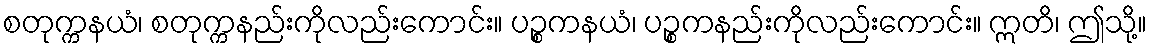
စတုက္ကနယံ၊ စတုက္ကနည်းကိုလည်းကောင်း။ ပဉ္စကနယံ၊ ပဉ္စကနည်းကိုလည်းကောင်း။ ဣတိ၊ ဤသို့။